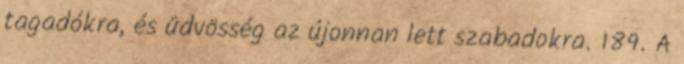
tagadókra, és üdvösség az újonnan lett szabadokra. 189. A